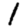
Digit: 1